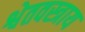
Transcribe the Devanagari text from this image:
श्वेतवस्त्राय